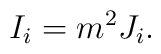
I_i = m^2 J_i.